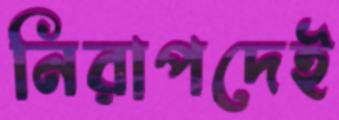
নিরাপদেই